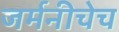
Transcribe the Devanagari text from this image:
जर्मनीचेच